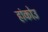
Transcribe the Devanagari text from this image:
हांकोउ